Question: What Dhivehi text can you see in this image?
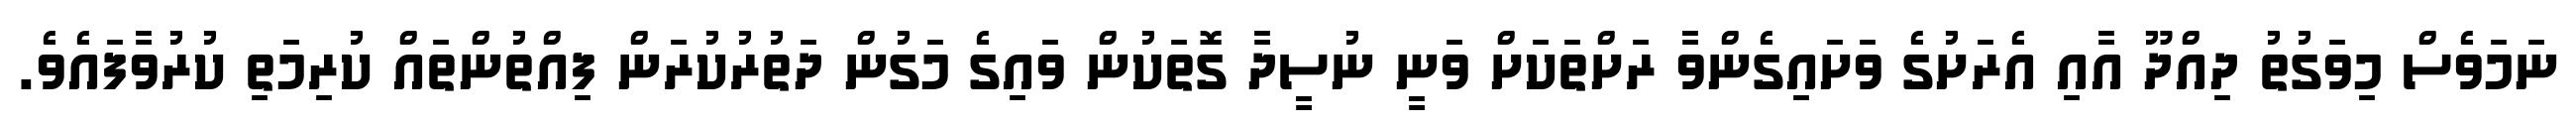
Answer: ނަމަވެސް މިވަގުތު ދިއްދޫ އާއި އެރަށުގެ ވަށައިގެންވާ ރަށްތަކަށް ވަނީ ނުސީދާ ގޮތަކުން ވައިގެ މަގުން ދަތުރުކުރަން ފިއްތުންތައް ކުރިމަތި ކުރުވާފައެވެ.